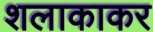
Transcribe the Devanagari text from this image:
शलाकाकर